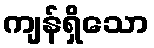
ကျန်ရှိသော